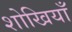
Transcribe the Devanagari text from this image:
शोखियाँ